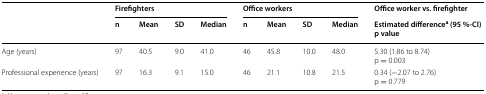
<table><thead><tr><td rowspan="2"></td><td colspan="4"><b>Firefighters</b></td><td colspan="4"><b>Office workers</b></td><td><b>Office worker vs. firefighter</b></td></tr><tr><td><b>n</b></td><td><b>Mean</b></td><td><b>SD</b></td><td><b>Median</b></td><td><b>n</b></td><td><b>Mean</b></td><td><b>SD</b></td><td><b>Median</b></td><td><b>Estimated difference<sup>a</sup> (95 %-CI)p value</b></td></tr></thead><tbody><tr><td>Age (years)</td><td>97</td><td>40.5</td><td>9.0</td><td>41.0</td><td>46</td><td>45.8</td><td>10.0</td><td>48.0</td><td>5.30 (1.86 to 8.74)p = 0.003</td></tr><tr><td>Professional experience (years)</td><td>97</td><td>16.3</td><td>9.1</td><td>15.0</td><td>46</td><td>21.1</td><td>10.8</td><td>21.5</td><td>0.34 (−2.07 to 2.76)p = 0.779</td></tr></tbody></table>